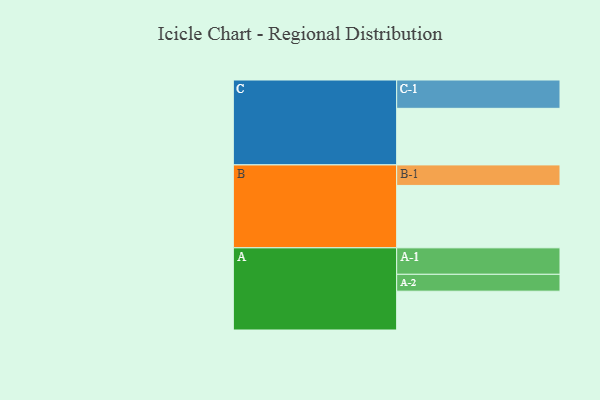
{"axis": {"x": "Segment", "y": "Value"}, "legend": ["", "A", "B", "C"], "data": [{"x": "A", "y": 352, "type": ""}, {"x": "B", "y": 566, "type": ""}, {"x": "C", "y": 513, "type": ""}, {"x": "A-1", "y": 240, "type": "A"}, {"x": "A-2", "y": 153, "type": "A"}, {"x": "B-1", "y": 186, "type": "B"}, {"x": "C-1", "y": 257, "type": "C"}]}